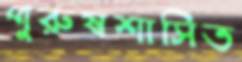
পুরুষশাসিত